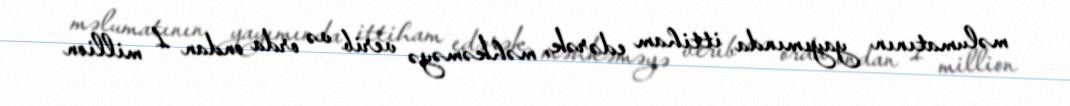
məlumatının yayımında ittiham edərək, məhkəməyə verib və orda ondan 1 million